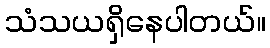
သံသယရှိနေပါတယ်။